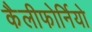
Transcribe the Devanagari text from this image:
कैलीफोर्नियो